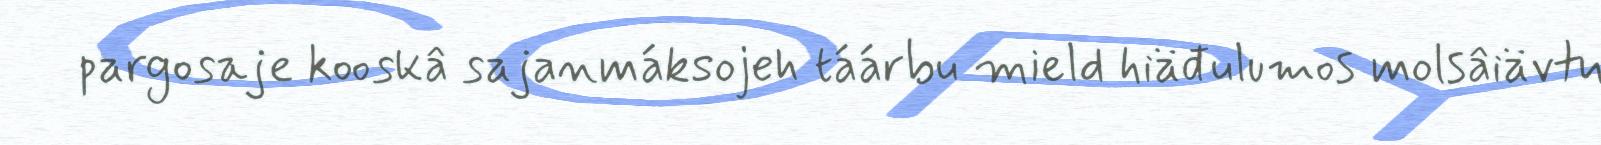
pargosaje kooskâ sajanmáksojeh táárbu mield hiäđulumos molsâiävtu